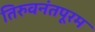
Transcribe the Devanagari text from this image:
तिरुवनंतपूरम